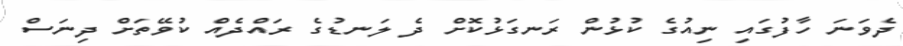
ދެވަނަ ހާފުގައި ނިއުގެ ކުޅުން ރަނގަޅުކޮށް ދެ ލަނޑުގެ ރައްދެއް ކުވޭތަށް ދިނަސް